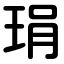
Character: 琄